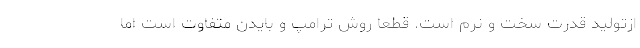
ازتولید قدرت سخت و نرم است. قطعا روش ترامپ و بایدن متفاوت است اما